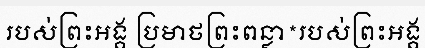
របស់ព្រះអង្គ ប្រមាថព្រះពន្លា*របស់ព្រះអង្គ